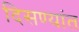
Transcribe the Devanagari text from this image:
दिसण्यांत